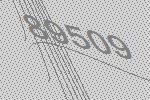
89509